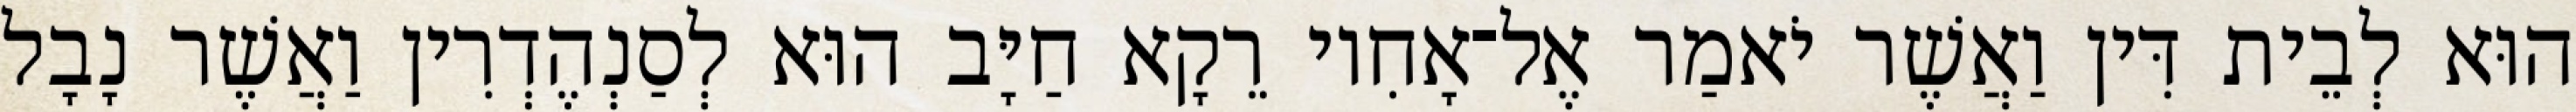
הוּא לְבֵית דִּין וַאֲשֶׁר יֹאמַר אֶל־אָחִיו רֵקָא חַיָּב הוּא לְסַנְהֶדְרִין וַאֲשֶׁר נָבָל